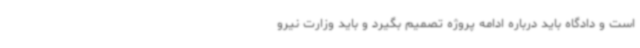
است و دادگاه باید درباره ادامه پروژه تصمیم بگیرد و باید وزارت نیرو